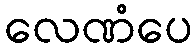
လေဏံပေ